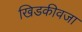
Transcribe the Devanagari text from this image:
खिडकीवजा